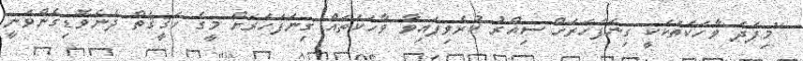
"މިފަދަ ވާހަކަތަކަކީ ގިނަފަހަރަށް ސިއްރު ކުރެވިފައިވާ ވާހަކަތައް ގިނަފަހަރަށް މީގެ ހަޤީޤަތް ދެނެވޮޑިގެންވަނީ